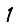
Digit: 1